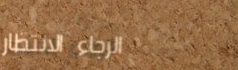
الرجاء الانتظار